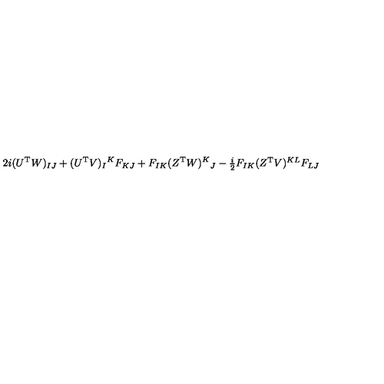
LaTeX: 2 i ( U ^ { \mathrm { T } } W ) _ { I J } + ( U ^ { \mathrm { T } } V ) _ { I } { } ^ { K } F _ { K J } + F _ { I K } ( Z ^ { \mathrm { T } } W ) ^ { K } { } _ { J } - \textstyle { \frac { i } { 2 } } F _ { I K } ( Z ^ { \mathrm { T } } V ) ^ { K L } F _ { L J }